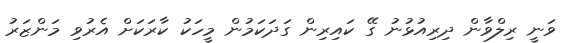
ވަނީ ރިލްވާން ދިރިއުޅުނު ގޭ ކައިރިން ގަދަކަމުން މީހަކު ކާރަކަށް އެރުވި މަންޒަރު